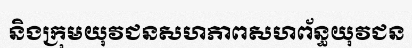
និងក្រុមយុវជនសហភាពសហព័ន្ធយុវជន